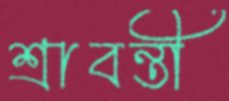
শ্রাবন্তী